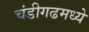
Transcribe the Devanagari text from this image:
चंडीगढमध्ये